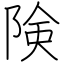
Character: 険